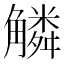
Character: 䚬